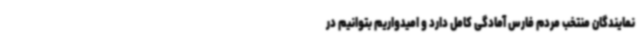
نمایندگان منتخب مردم فارس آمادگی کامل دارد و امیدواریم بتوانیم در